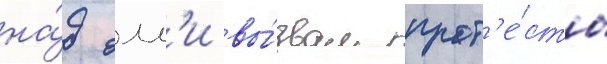
на́д олл'и вы́звал прот'е́сты